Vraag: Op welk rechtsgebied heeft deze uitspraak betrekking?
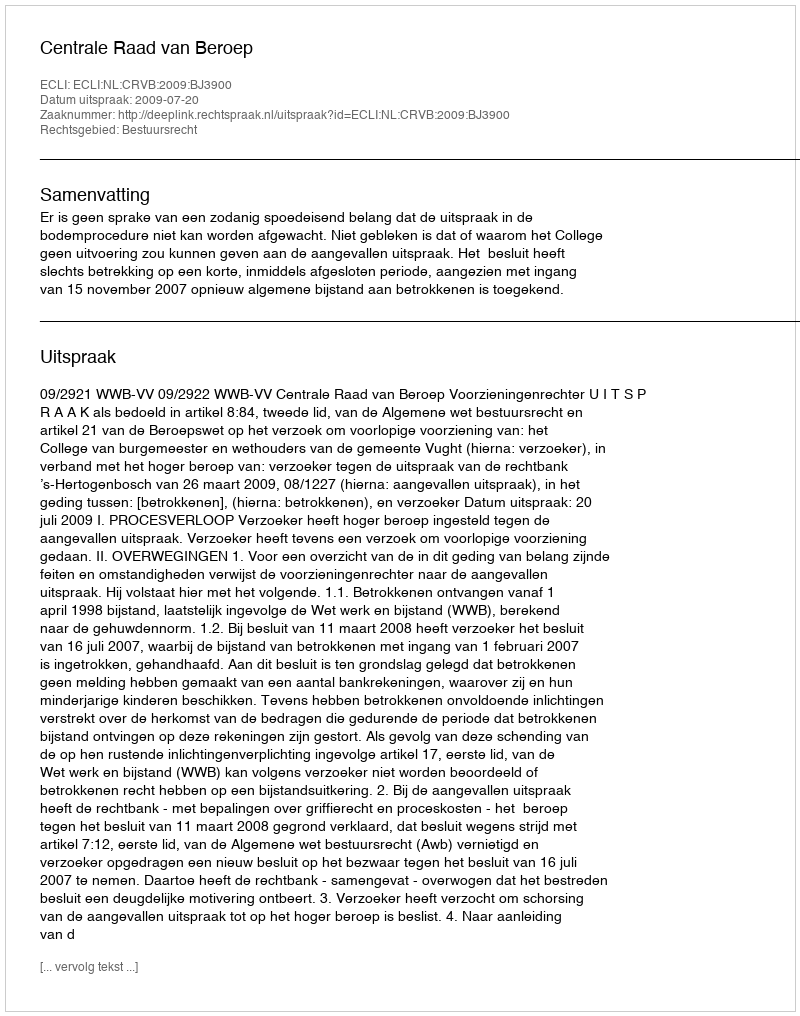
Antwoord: Bestuursrecht